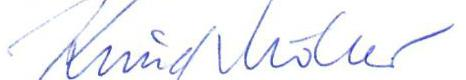
Knud Möller